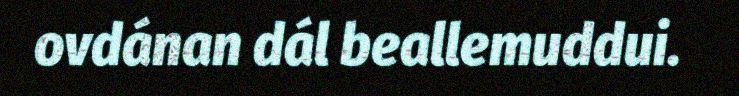
ovdánan dál beallemuddui.